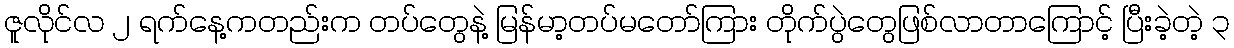
ဇူလိုင်လ ၂ ရက်နေ့ကတည်းက တပ်တွေနဲ့ မြန်မာ့တပ်မတော်ကြား တိုက်ပွဲတွေဖြစ်လာတာကြောင့် ပြီးခဲ့တဲ့ ၃